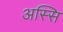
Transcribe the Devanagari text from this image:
अस्सि